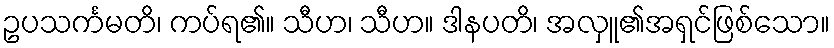
ဥပသင်္ကမတိ၊ ကပ်ရ၏။ သီဟ၊ သီဟ။ ဒါနပတိ၊ အလှူ၏အရှင်ဖြစ်သော။